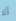
ألا